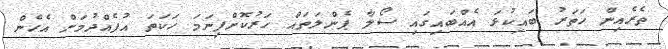
ތެރެއިން ހަތަރު ބައިކުޅަ އެއްބައިގައި ސޯލާ ޕެންލަތައް ހަރުކޮށްފިނަމަ ހަކަތަ އުފެއްދުމަށް އެހެން